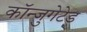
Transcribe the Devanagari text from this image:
कॉन्जुगेटेड